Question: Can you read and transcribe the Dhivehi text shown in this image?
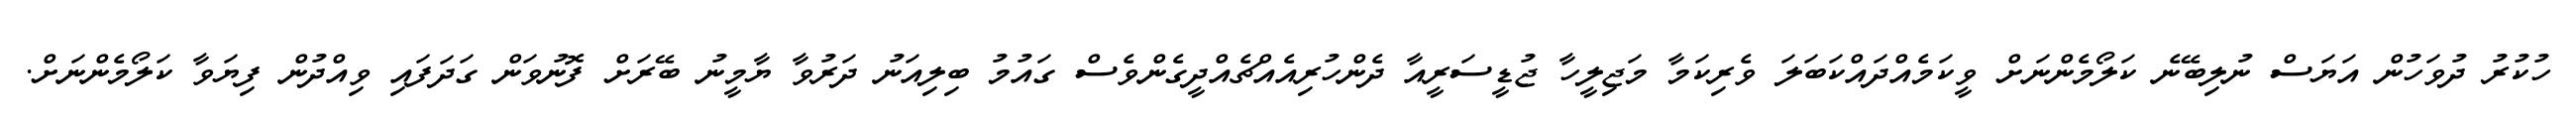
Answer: ހުކުރު ދުވަހުން އަޔަސް ނުލިބޭނެ ކަލޯމެންނަށް ވީކަމެއްދައްކަބަލަ ވެރިކަމާ މަޖިލީހާ ޖުޑީސަރީއާ ދެންހުރިއެއްޗެއްދީގެންވެސް ގައުމު ބިލިއަނު ދަރުވާ ޔާމީނު ބޭރަށް ފޮނުވަން ގަދަފައި ވިއްދުން ފިޔަވާ ކަލޯމެންނަށް.